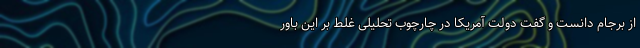
از برجام دانست و گفت دولت آمریکا در چارچوب تحلیلی غلط بر این باور